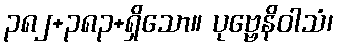
၃၈၂+၃၈၃+ရှိသော။ ပုဗ္ဗေနိဝါသံ၊